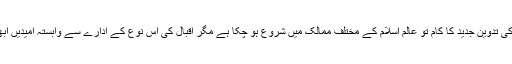
فقہ اسلامی کی تدوین جدید کا کام تو عالم اسلام کے مختلف ممالک میں شروع ہو چکا ہے مگر اقبال کی اس نوع کے ادارے سے وابستہ امیدیں ابھی تشنہ ہیں۔